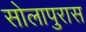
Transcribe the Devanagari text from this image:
सोलापुरास